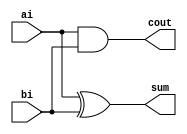
module halfAdder(input ai,bi, output sum,cout);
  // Structural model for half adder using gates
  xor(sum, ai, bi);
  and(cout, ai, bi);
endmodule